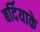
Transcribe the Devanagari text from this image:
बर्दियाके